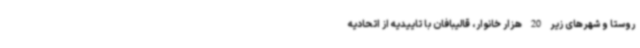
روستا و شهرهای زیر 20 هزار خانوار، قالیبافان با تاییدیه از اتحادیه